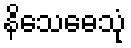
နိသေဓေသုံ